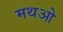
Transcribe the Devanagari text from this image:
मथओ